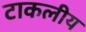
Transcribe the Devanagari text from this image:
टाकलीय